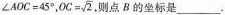
$$∠ A O C = 4 5 °$$， $$O C = \sqrt { 2 }$$ ，则点B的坐标是___。